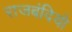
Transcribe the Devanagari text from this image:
राजबंदियो